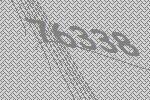
76338